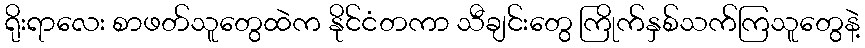
ရိုးရာလေး စာဖတ်သူတွေထဲက နိုင်ငံတကာ သီချင်းတွေ ကြိုက်နှစ်သက်ကြသူတွေနဲ့